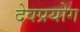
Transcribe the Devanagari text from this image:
देवप्रयोग